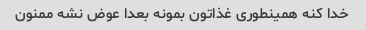
خدا کنه همینطوری غذاتون بمونه بعدا عوض نشه ممنون